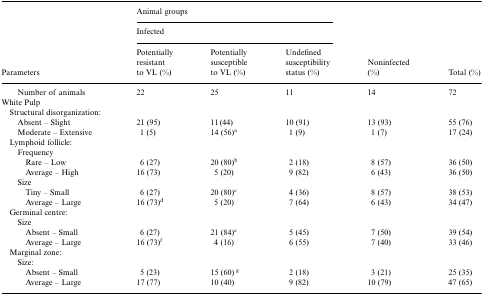
|  | <COLSPAN=3> Animal groups |  |  |
 |  | <COLSPAN=3> Infected |  |  |
 | Parameters | Potentially resistant to VL (%) | Potentially susceptible to VL (%) | Undefined susceptibility status (%) | Noninfected (%) | Total (%) |
 | --- | --- | --- | --- | --- | --- |
 | Number of animals | 22 | 25 | 11 | 14 | 72 |
 | <COLSPAN=6> White Pulp |
 | <COLSPAN=6> Structural disorganization: |
 | Absent – Slight | 21 (95) | 11 (44) | 10 (91) | 13 (93) | 55 (76) |
 | Moderate – Extensive | 1 (5) | 14 (56)a | 1 (9) | 1 (7) | 17 (24) |
 | <COLSPAN=6> Lymphoid follicle: |
 | <COLSPAN=6> Frequency |
 | Rare – Low | 6 (27) | 20 (80)b | 2 (18) | 8 (57) | 36 (50) |
 | Average – High | 16 (73) | 5 (20) | 9 (82) | 6 (43) | 36 (50) |
 | <COLSPAN=6> Size |
 | Tiny – Small | 6 (27) | 20 (80)c | 4 (36) | 8 (57) | 38 (53) |
 | Average – Large | 16 (73)d | 5 (20) | 7 (64) | 6 (43) | 34 (47) |
 | <COLSPAN=6> Germinal centre: |
 | <COLSPAN=6> Size |
 | Absent – Small | 6 (27) | 21 (84)e | 5 (45) | 7 (50) | 39 (54) |
 | Average – Large | 16 (73)f | 4 (16) | 6 (55) | 7 (40) | 33 (46) |
 | <COLSPAN=6> Marginal zone: |
 | <COLSPAN=6> Size: |
 | Absent – Small | 5 (23) | 15 (60) g | 2 (18) | 3 (21) | 25 (35) |
 | Average – Large | 17 (77) | 10 (40) | 9 (82) | 10 (79) | 47 (65) |